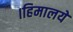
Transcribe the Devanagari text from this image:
।हिमालये